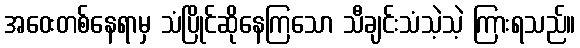
အဝေးတစ်နေရာမှ သံပြိုင်ဆိုနေကြသော သီချင်းသံသဲ့သဲ့ ကြားရသည်။